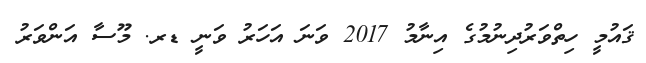
ޤައުމީ ހިތްވަރުދިނުމުގެ އިނާމު 2017 ވަނަ އަހަރު ވަނީ ޑރ. މޫސާ އަންވަރު